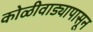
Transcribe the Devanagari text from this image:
कोळीवाड्यापासून